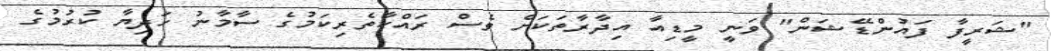
"ޝަރީފާ ފައުންޑޭޝަން" ވަނީ މީޑިއާ އިދާރާތަކަށް ވެސް ރައްކާތެރިކަމުގެ ސާމާނު ހަދިޔާ ކުރުމުގެ